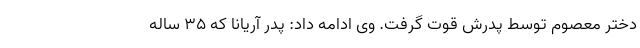
دختر معصوم توسط پدرش قوت گرفت. وی ادامه داد: پدر آریانا که ۳۵ ساله